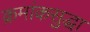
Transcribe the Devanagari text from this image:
क्रमांकसुद्धा